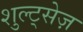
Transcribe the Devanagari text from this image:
शुल्ट्सेज़